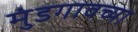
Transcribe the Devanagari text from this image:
मुंडगावच्या